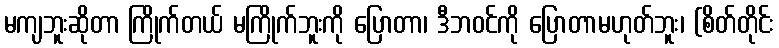
မကျဘူးဆိုတာ ကြိုက်တယ် မကြိုက်ဘူးကို ပြောတာ၊ ဒီဘဝင်ကို ပြောတာမဟုတ်ဘူး၊ (စိတ်တိုင်း